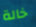
خالة